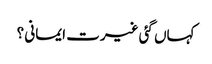
کہاں گئی غیرت ایمانی ؟